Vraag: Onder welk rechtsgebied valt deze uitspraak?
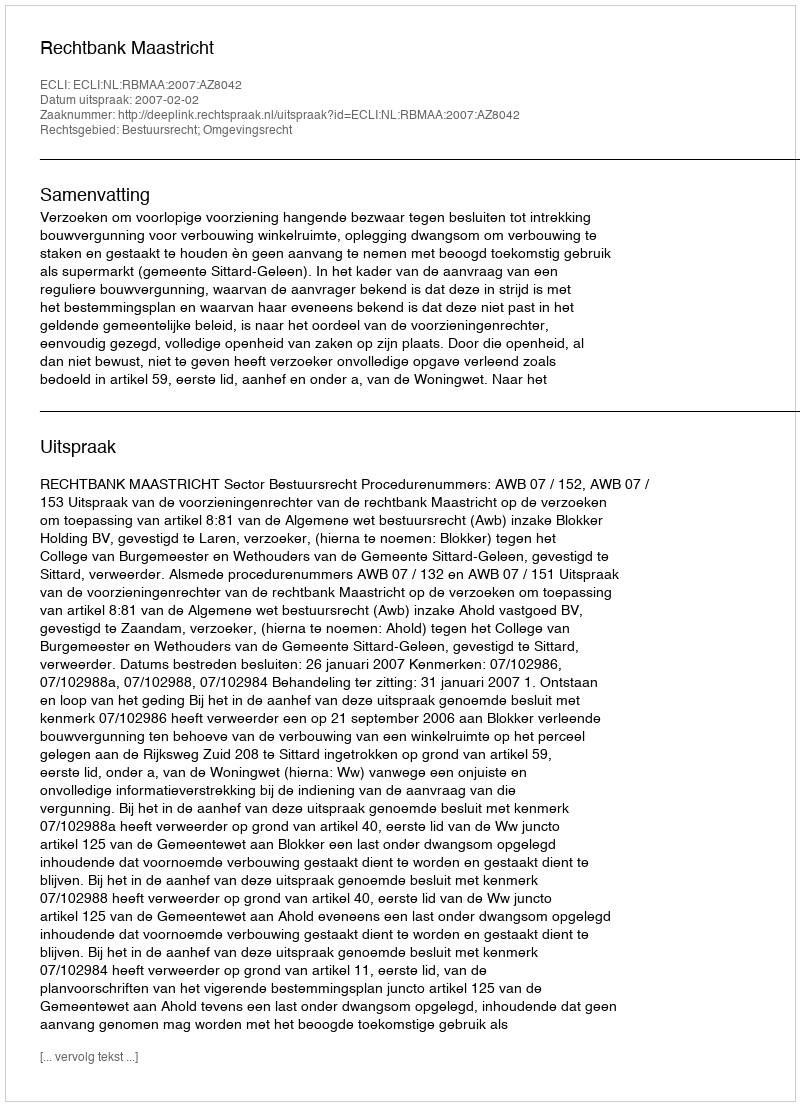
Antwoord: Bestuursrecht; Omgevingsrecht